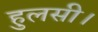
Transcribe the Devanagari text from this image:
हुलसी।